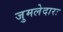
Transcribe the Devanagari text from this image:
जुमलेदारः